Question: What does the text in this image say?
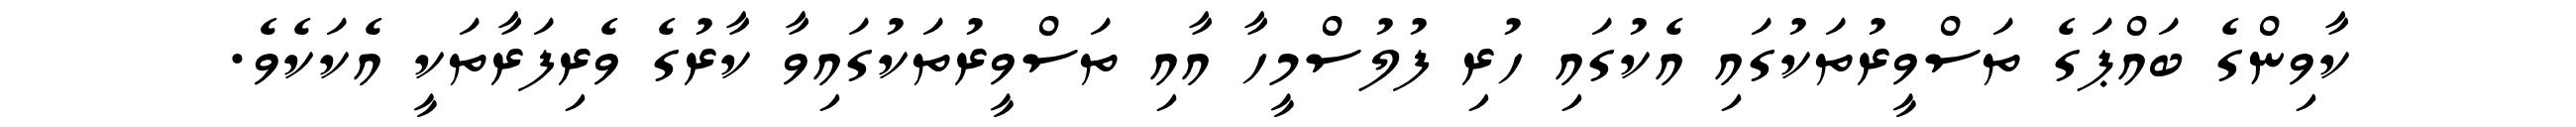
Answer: ކާވިންގެ ބައްޕަގެ ތަސްވީރުތަކުގައި އެކުގައި ހުރި ފުލުސްމީހާ އާއި ތަސްވީރުތަކުގައިވާ ކާރުގެ ވެރިފަރާތަކީ އެކަކެވެ.